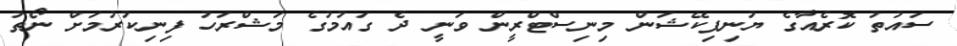
ސައުތު ކޮރެއާގެ ޔުނިފިކޭޝަން މިނިސްޓްރީން ވަނީ ދެ ގައުމުގެ މަޝްރަހު ފިނިކުރުމަށް ނޯތު